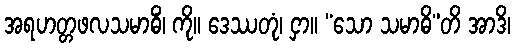
အရဟတ္တဖလသမာဓိံ၊ ကို။ ဒေဿတုံ၊ ငှာ။ “သော သမာဓိ”တိ အာဒိ၊